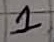
Text: 1